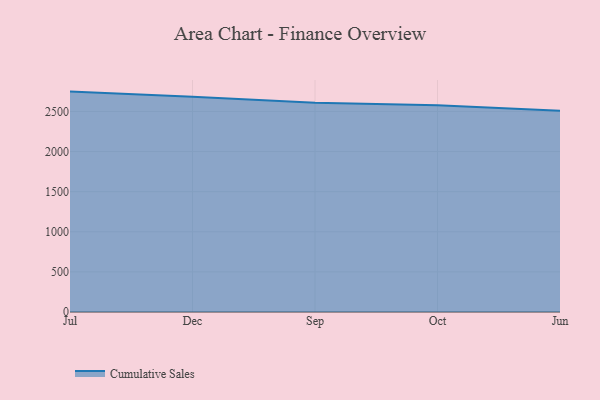
{"axis": {"x": "Month", "y": "Customer Acquisition Cost (USD)"}, "legend": ["Cumulative Sales"], "data": [{"x": "Jul", "y": 2747.5, "type": "Cumulative Sales"}, {"x": "Dec", "y": 2684.1, "type": "Cumulative Sales"}, {"x": "Sep", "y": 2607.4, "type": "Cumulative Sales"}, {"x": "Oct", "y": 2576.9, "type": "Cumulative Sales"}, {"x": "Jun", "y": 2510.3, "type": "Cumulative Sales"}]}